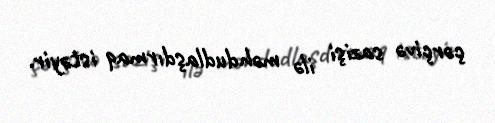
çərçivə sazişi ilə məhdudlaşdırmaq istəyir.